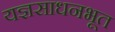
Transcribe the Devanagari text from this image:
यज्ञसाधनभूत